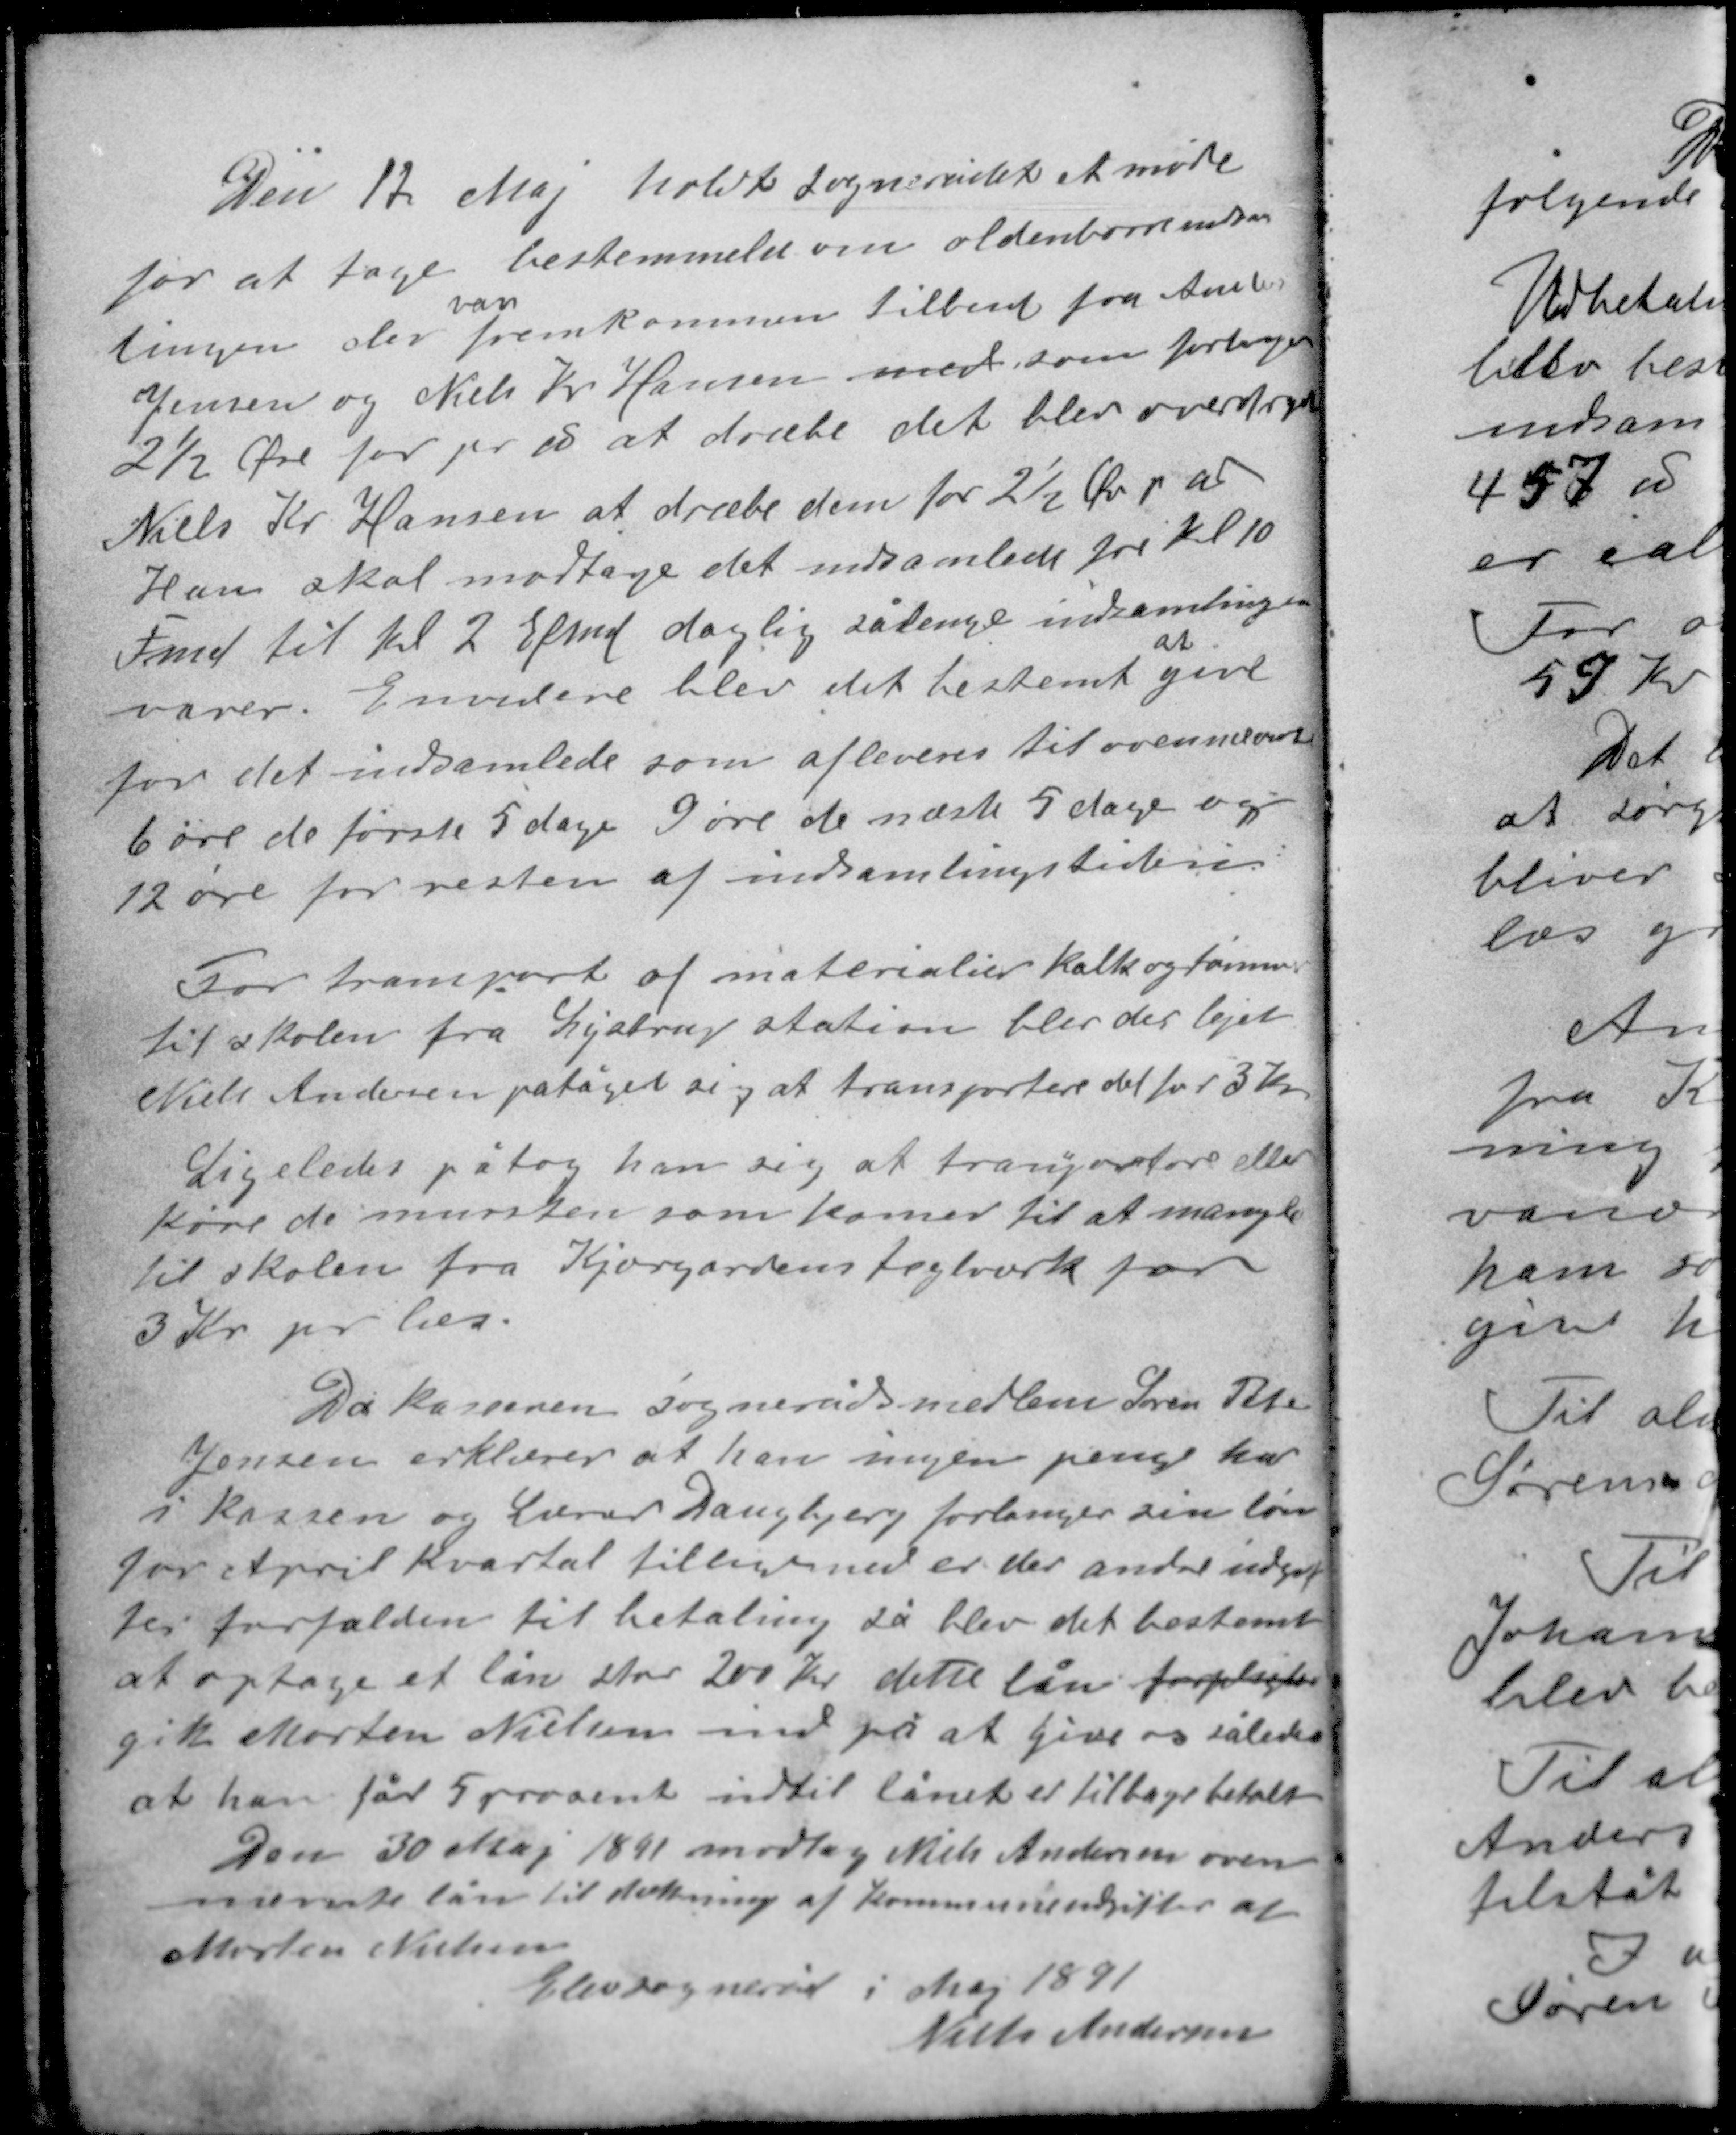
Transskription:
Den 12 Maj holdt sognerådet et møde
for at tage bestemmelse om oldenborreindsam-
var
lingen der fremkommen tilbud fra Anders
Jensen og Niels Kr Hansen med som forlanger
2½ Øre for pr ℔ at dræbe det blev overdraget
Niels Kr Hansen at dræbe dem for 2½ Øre pr ℔
Han skal modtage det indsamlede fra Kl 10
Fmd til Kl 2 Efmd daglig sålænge indsamlingen
at
varer. Envidere blev det bestemt give
for det indsamlede som afleveres til ovennævnte
6 øre de første 5 dage 9 øre de næste 5 dage og
12 øre for resten af indsamlingstiden.

For transport af materialier kalk og tømmer
til skolen fra Lystrup station blev der lejet
Niels Andersen påtaget sig at transportere det for 3 Kr.
Ligeledes påtog han sig at transportere eller
køre de mursten som komer til at mangle
til skolen fra Kjærgårdens teglværk for
3 Kr. pr læs.

Da kasseren sognerådsmedlem Søren Peter
Jensen erklærer at han ingen penge har
i kassen og Lærer Daugbjerg forlanger sin løn
for April kvartal tilligemed er der andre udgif-
ter forfalden til betaling så blev det bestemt
at optage et lån stor 200 Kr. dette lån forpligter
gik Morten Nielsen ind på at give os således
at han får 5 procent indtil lånet er tilbagebetalt.

Den 30 Maj 1891 modtog Niels Andersen oven-
nævnte lån til dækning af kommunens udgifter af
Morten Nielsen
Elev sogneråd i Maj 1891
Niels Andersen